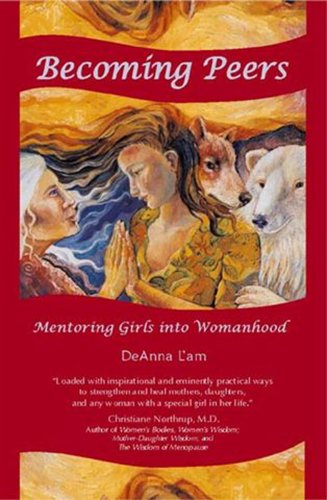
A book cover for Becoming Peers: Mentoring Girls Into Womanhood; DeAnna L'am; Health, Fitness & Dieting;